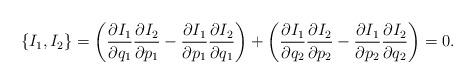
LaTeX: \begin{align*} \{I_1,I_2\}= \left(\frac{\partial I_1}{\partial q_1}\frac{\partial I_2}{\partial p_1}-\frac{\partial I_1}{\partial p_1}\frac{\partial I_2}{\partial q_1}\right)+\left(\frac{\partial I_1}{\partial q_2}\frac{\partial I_2}{\partial p_2}-\frac{\partial I_1}{\partial p_2}\frac{\partial I_2}{\partial q_2}\right)=0.\end{align*}